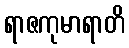
ရာဇကုမာရာတိ